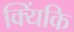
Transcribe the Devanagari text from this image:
क्यिंकि